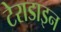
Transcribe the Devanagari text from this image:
टेराडाइन